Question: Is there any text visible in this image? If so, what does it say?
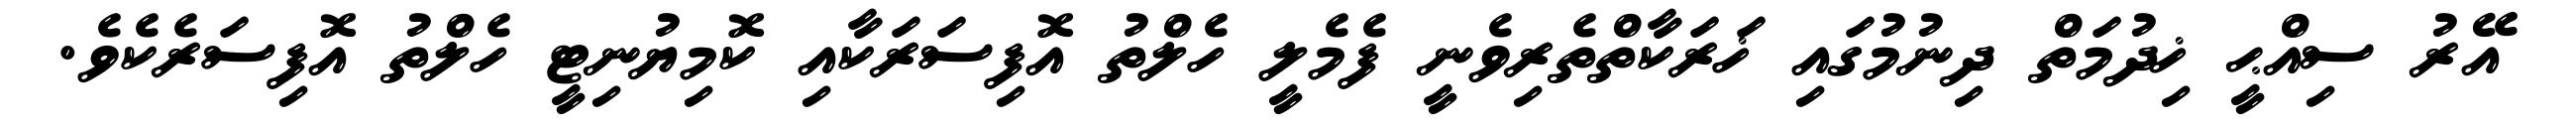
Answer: އޭރު ސިއްޙީ ޚިދުމަތް ދިނުމުގައި ޚަރަކާތްތެރިވެނީ ފެމެލީ ހެލްތު އޮފިސަރަކާއި ކޮމިޔުނިޓީ ހެލްތު އޮފިސަރެކެވެ.